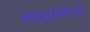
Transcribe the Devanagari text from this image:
स्पेक्ट्रोमीटरों